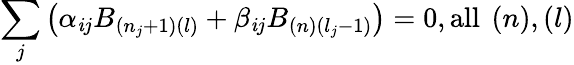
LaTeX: \sum_{j}\left(\alpha_{\mathit{i}j}B_{\left(n_{j}+1\right)\left(l\right)}+\beta_{\mathit{i}j}B_{\left(n\right)\left(l_{j}-1\right)}\right)=0,\mathrm{{all~}}\left(n\right),\left(l\right)